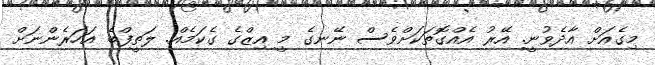
މިގެއަށް އާދެވުނީ. އޭރު އެއްގޮތަކަށްވެސް ނޭނގެ މީ އިޒްގެ ގެކަމެއް. ލަތީފްބެ އަހަރެންނަށް